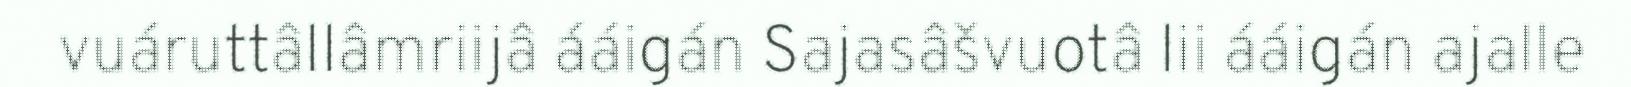
vuáruttâllâmriijâ ááigán Sajasâšvuotâ lii ááigán ajalle